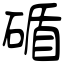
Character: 碷